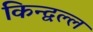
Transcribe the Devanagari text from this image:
किन्द्वल्ल